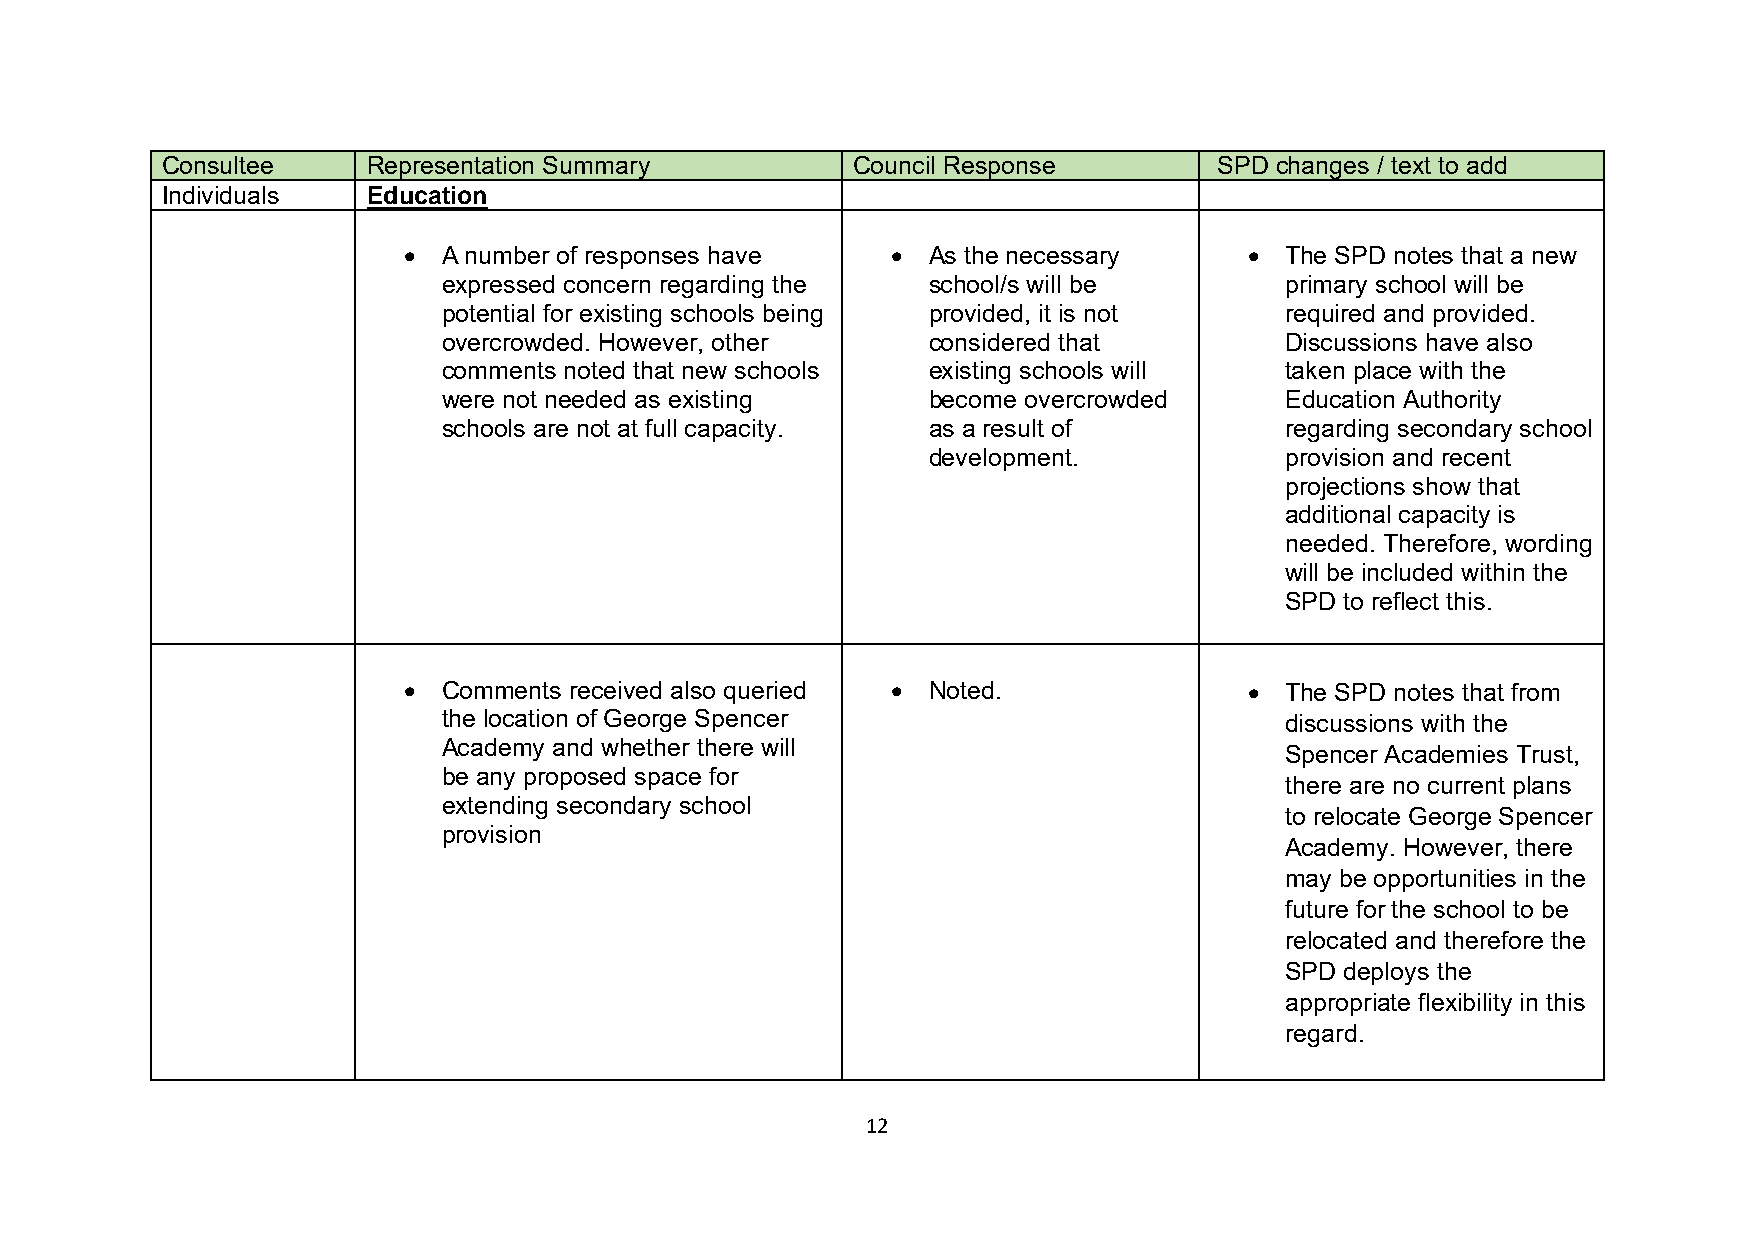
Consultee    Representation Summary          Council Response         SPD changes / text to add
 Individuals  Education
 • A number of responses have    • As the necessary      • The SPD notes that a new
 expressed concern regarding the school/s will be        primary school will be
 potential for existing schools being provided, it is not required and provided.
 overcrowded. However, other     considered that         Discussions have also
 comments noted that new schools existing schools will   taken place with the
 were not needed as existing     become overcrowded      Education Authority
 schools are not at full capacity. as a result of        regarding secondary school
 development.            provision and recent
 projections show that
 additional capacity is
 needed. Therefore, wording
 will be included within the
 SPD to reflect this.
 • Comments received also queried • Noted.               • The SPD notes that from
 the location of George Spencer                          discussions with the
 Academy and whether there will
 Spencer Academies Trust,
 be any proposed space for
 there are no current plans
 extending secondary school
 to relocate George Spencer
 provision
 Academy. However, there
 may be opportunities in the
 future for the school to be
 relocated and therefore the
 SPD deploys the
 appropriate flexibility in this
 regard.
 12